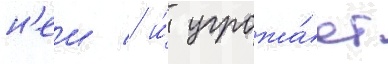
н'еи / и́ угрожа́ет